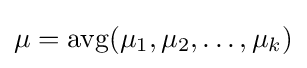
\mu ={\text{avg}}(\mu _{1},\mu _{2},\dots ,\mu _{k})